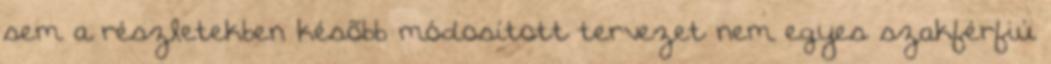
sem a részletekben késõbb módosított tervezet nem egyes szakférfiú